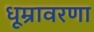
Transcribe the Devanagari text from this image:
धूम्रावरणा